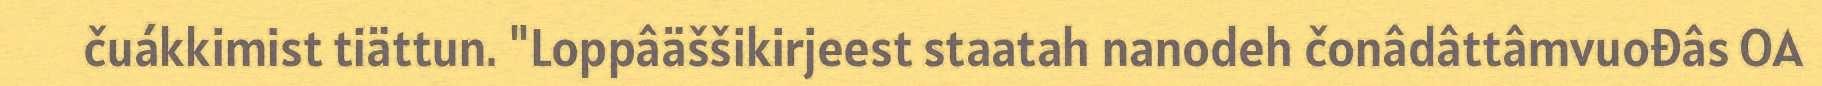
čuákkimist tiättun. "Loppâäššikirjeest staatah nanodeh čonâdâttâmvuođâs OA